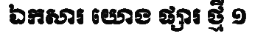
ឯកសារ យោង ផ្សារ ថ្មី ១